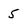
Character: 5